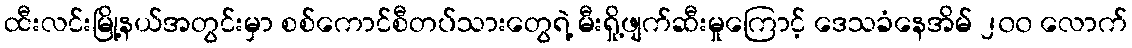
ထီးလင်းမြို့နယ်အတွင်းမှာ စစ်ကောင်စီတပ်သားတွေရဲ့ မီးရှို့ဖျက်ဆီးမှုကြောင့် ဒေသခံနေအိမ် ၂၀၀ လောက်